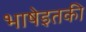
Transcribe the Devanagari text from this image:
भाषेइतकी